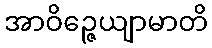
အာဝိဉ္ဇေယျာမာတိ